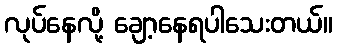
လုပ်နေလို့ ချော့နေရပါသေးတယ်။